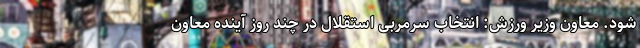
شود. معاون وزیر ورزش: انتخاب سرمربی استقلال در چند روز آینده معاون